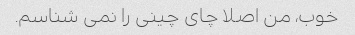
خوب، من اصلا چای چینی را نمی شناسم.